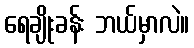
ရေချိုးခန်း ဘယ်မှာလဲ။